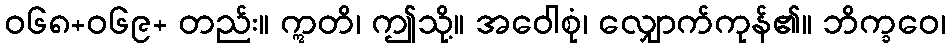
ဝ၆၈+၀၆၉+ တည်း။ ဣတိ၊ ဤသို့။ အဝေါစုံ၊ လျှောက်ကုန်၏။ ဘိက္ခဝေ၊